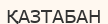
ҚАЗТАБАН